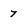
Character: 7